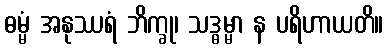
ဓမ္မံ အနုဿရံ ဘိက္ခု၊ သဒ္ဓမ္မာ န ပရိဟာယတိ။